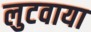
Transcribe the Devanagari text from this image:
लुटवाया